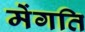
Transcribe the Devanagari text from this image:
मेंगति